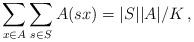
LaTeX: \begin{align*}\sum_{x \in A} \sum_{s\in S} A(sx) = |S| |A| /K \,,\end{align*}